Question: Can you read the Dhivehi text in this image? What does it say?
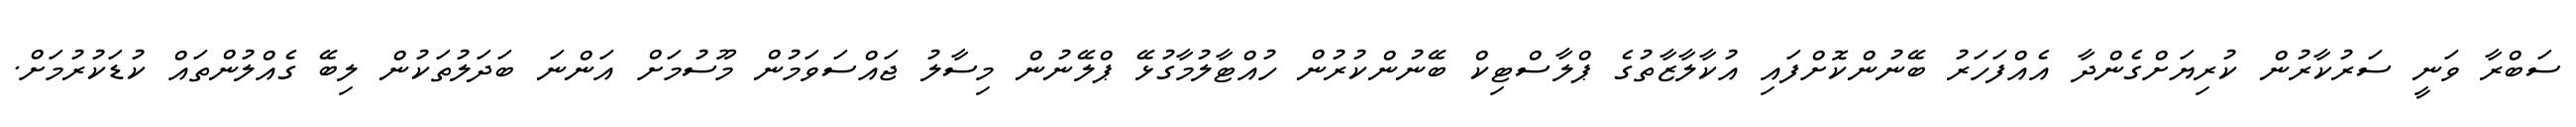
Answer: ސަބްރާ ވަނީ ސަރުކާރުން ކުރިޔަށްގެންދާ އެއްފަހަރު ބޭނުންކޮށްފައި އުކާލާޒާތުގެ ޕްލާސްޓިކް ބޭނުންކުރުން ހުއްޓާލުމާގުޅޭ ޕްލޭނުން މިސާލު ޖައްސަވަމުން މޫސުމަށް އަންނަ ބަދަލުތަކުން ލިބޭ ގެއްލުންތައް ކުޑަކުރުމަށް.